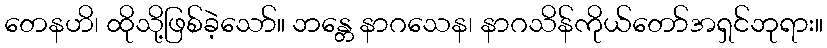
တေနဟိ၊ ထိုသို့ဖြစ်ခဲ့သော်။ ဘန္တေ နာဂသေန၊ နာဂသိန်ကိုယ်တော်အရှင်ဘုရား။